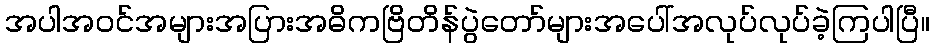
အပါအဝင်အများအပြားအဓိကဗြိတိန်ပွဲတော်များအပေါ်အလုပ်လုပ်ခဲ့ကြပါပြီ။